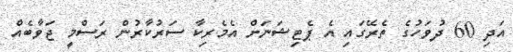
އަދި 60 ދުވަހުގެ ތެރޭގައި އެ ޕެޓިޝަނަށް އެމެރިކާ ސަރުކާރުން ރަސްމީ ޖަވާބެއް